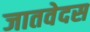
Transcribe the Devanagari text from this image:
जातवेदस